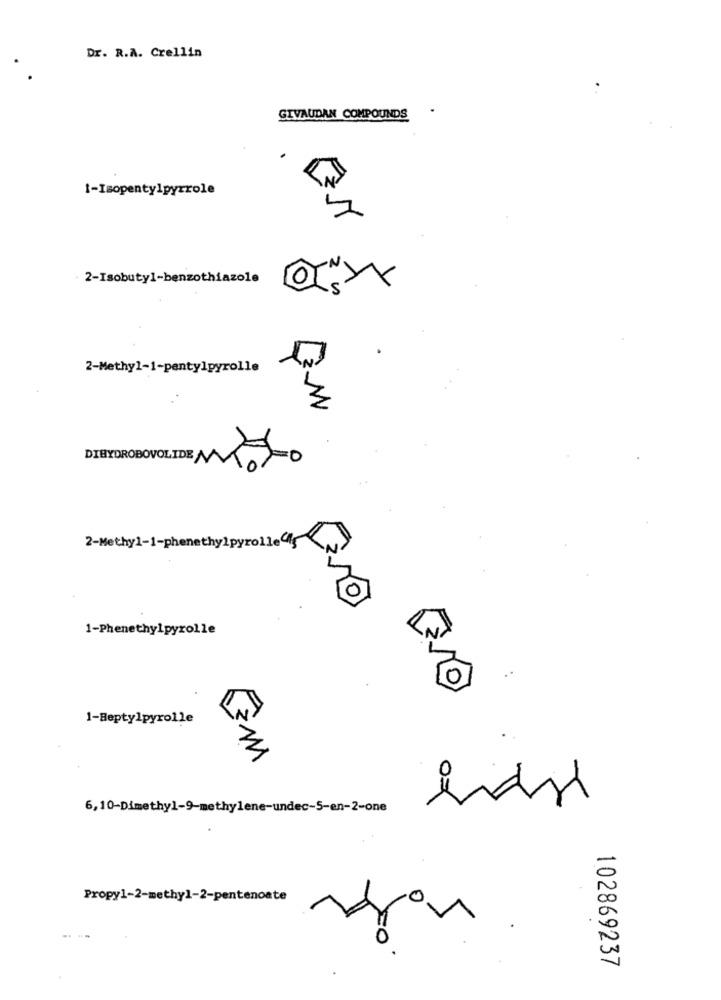
Dr. R.A. Crellin
.
GIVAUDAN COMPOUNDS
1-Isopentylpyrrole
2-Isobutyl-benzothiazole
2-Methyl-1-pentylpyrolle
M
DIHYDROBOVOLIDEM
2-Methy1-1-phenethylpyrolle
1-Phenethylpyrolle
1-Heptylpyrolle
0
6, 10-Dimethyl-9-methylene-undec-5-en-2-one
Propy1-2-methyl-2-pentenoate
102869237